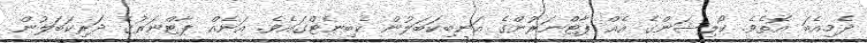
ދެމިއެބަ އޮތެވެ. ކޯލިޝަންގެ އެއް ޕާޓްނަރުންގެ އަނބިކަބަލުން ކެބިނެޓްގައެވެ. އަނެއް ޕާޓްނަރުގެ ދަރިކަބަލުން